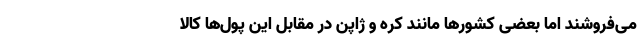
می‌فروشند اما بعضی کشورها مانند کره و ژاپن در مقابل این پول‌ها کالا